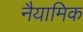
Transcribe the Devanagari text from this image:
नैयामिक